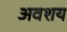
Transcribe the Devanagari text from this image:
अवशय